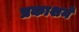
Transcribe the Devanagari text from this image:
प्रकाशमें